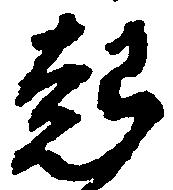
起